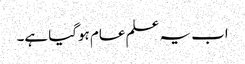
اب یہ علم عام ہوگیا ہے۔